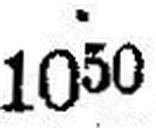
1050